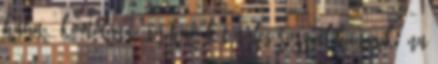
Haha : Komolyan így hívják Tényleg rosszul hangzik. Na